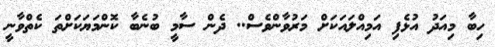
ހިބާ މިއަދު އުޅެފި އަމިއްލައަކަށް މަރުވާންވެސް.. ދެން ސާމީ ބުނެބާ ކޮންމަޔަކަށްތަ ކެތްވާނީ